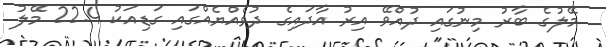
މޭލުގެ ބާރު މިނުގައި ދުއްވޭ އިރު އާދައިގެ ދުވެއްޔެއްގައި ގަޑިއަކު 22.4 މޭލު